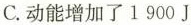
C.动能增加了1900J